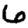
Digit: 6